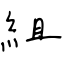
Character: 組